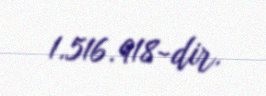
1.516.918-dir.